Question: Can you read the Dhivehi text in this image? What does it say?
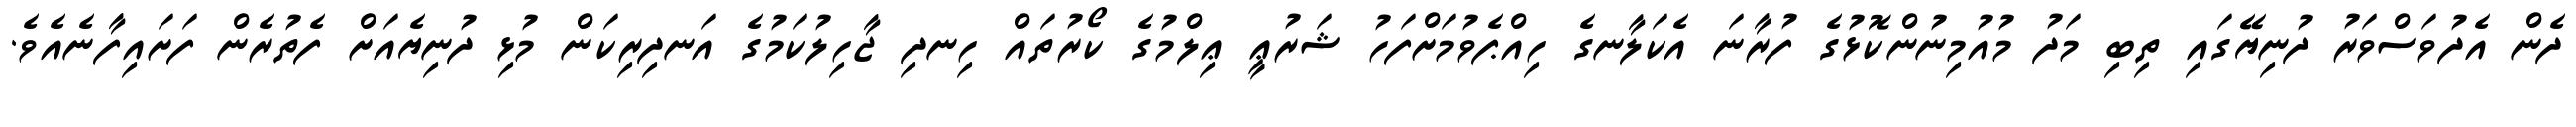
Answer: ދެން އެދުވަސްވަރު ދުނިޔޭގައި ތިބި މަދު މުއުމިނުންކޮޅުގެ ފުރާނަ އެކަލާނގެ ހިއްޕެވުމަށްފަހު ޝަރުޢީ ޢިލްމުގެ ކޯރުތައް ހިނދި ޖާހިލުކަމުގެ އަނދިރިކަން މުޅި ދުނިޔެއަށް ފެތުރެން ފަށައިފާނެއެވެ.